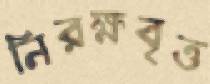
নিরক্ষবৃত্ত